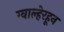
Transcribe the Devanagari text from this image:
ग्वाल्हेरहून